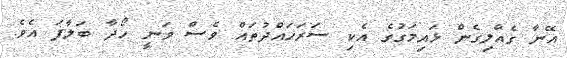
އޭނާ ގެއްލިގެން ޅައިމަގުގެ އެކި ސަރަހައްދުތައް ވެސް ވަނީ ހޯދާ ބަލާފަ އެވެ.